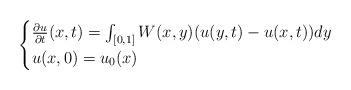
LaTeX: \begin{align*}\begin{cases}\frac{ \partial u}{\partial t}(x,t) = \int_{[0,1]} W(x,y) (u(y,t) - u(x,t)) dy\\u(x,0) = u_0(x)\end{cases}\end{align*}